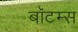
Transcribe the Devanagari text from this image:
बॉटम्स